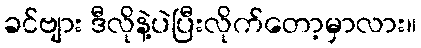
ခင်ဗျား ဒီလိုနဲ့ပဲပြီးလိုက်တော့မှာလား။